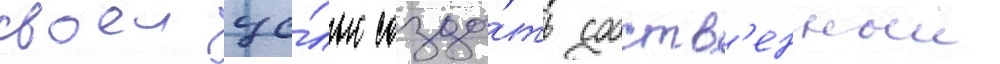
своеи це́лью созда́ть собств'енныи